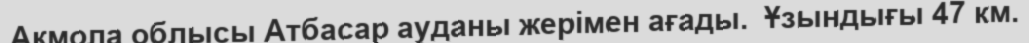
Ақмола облысы Атбасар ауданы жерімен ағады.  Ұзындығы 47 км.